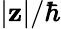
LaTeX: |\mathbf{z}|/\hbar